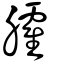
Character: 臛